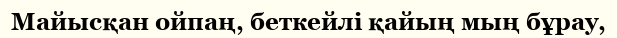
Майысқан ойпаң, беткейлі қайың мың бұрау,